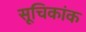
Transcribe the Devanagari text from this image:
सूचिकांक